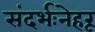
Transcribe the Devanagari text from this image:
संदर्भःनेहरू